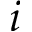
i